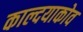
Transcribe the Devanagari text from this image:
काल्दयाकोव